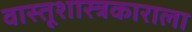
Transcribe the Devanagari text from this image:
वास्तूशास्त्रकाराला